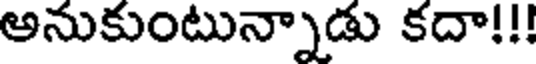
అనుకుంటున్నాడు కదా!!!